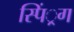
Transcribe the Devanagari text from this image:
स्पिं्रग